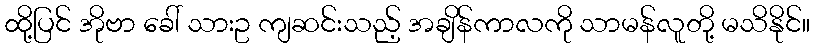
ထို့ပြင် အိုဗာ ခေါ် သားဥ ကျဆင်းသည့် အချိန်ကာလကို သာမန်လူတို့ မသိနိုင်။